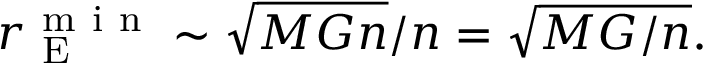
r _ { \mathrm { ~ E ~ } } ^ { \mathrm { ~ m ~ i ~ n ~ } } \sim \sqrt { M G n } / n = \sqrt { M G / n } .